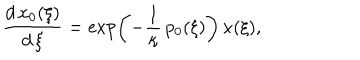
LaTeX: \frac { d \, x _ { 0 } ( \xi ) } { d \, \xi } = \exp \left( - \frac 1 \kappa \, p _ { 0 } ( \xi ) \right) \, x ( \xi ) ,